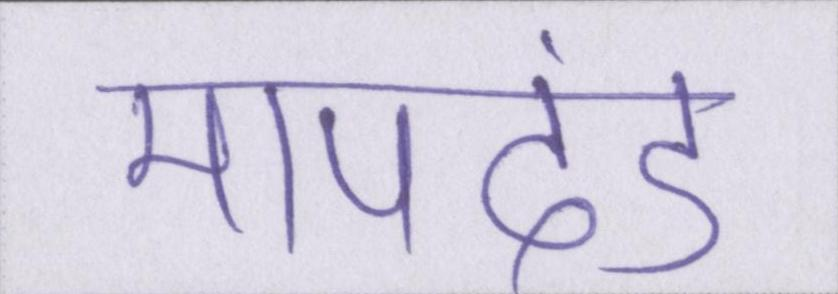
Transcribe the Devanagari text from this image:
मापदंड